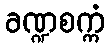
ခဏ္ဍစက္ကံ